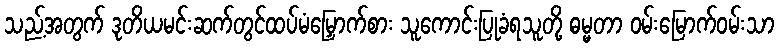
သည့်အတွက် ဒုတိယမင်းဆက်တွင်ထပ်မံမြှောက်စား သူကောင်းပြုခံရသူတို့ ဓမ္မတာ ဝမ်းမြောက်ဝမ်းသာ